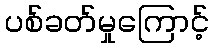
ပစ်ခတ်မှုကြောင့်